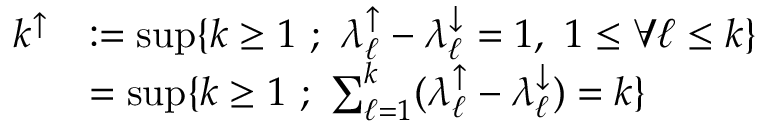
\begin{array} { r l } { k ^ { \uparrow } } & { : = \operatorname* { s u p } \{ k \ge 1 \ ; \ \lambda _ { \ell } ^ { \uparrow } - \lambda _ { \ell } ^ { \downarrow } = 1 , \ 1 \le \forall \ell \le k \} } \\ & { = \operatorname* { s u p } \{ k \ge 1 \ ; \ \sum _ { \ell = 1 } ^ { k } ( \lambda _ { \ell } ^ { \uparrow } - \lambda _ { \ell } ^ { \downarrow } ) = k \} } \end{array}